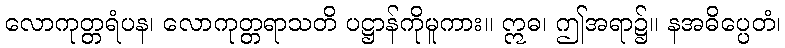
လောကုတ္တရံပန၊ လောကုတ္တရာသတိ ပဋ္ဌာန်ကိုမူကား။ ဣဓ၊ ဤအရာ၌။ နအဓိပ္ပေတံ၊